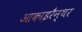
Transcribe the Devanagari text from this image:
आकाइरैन्थर